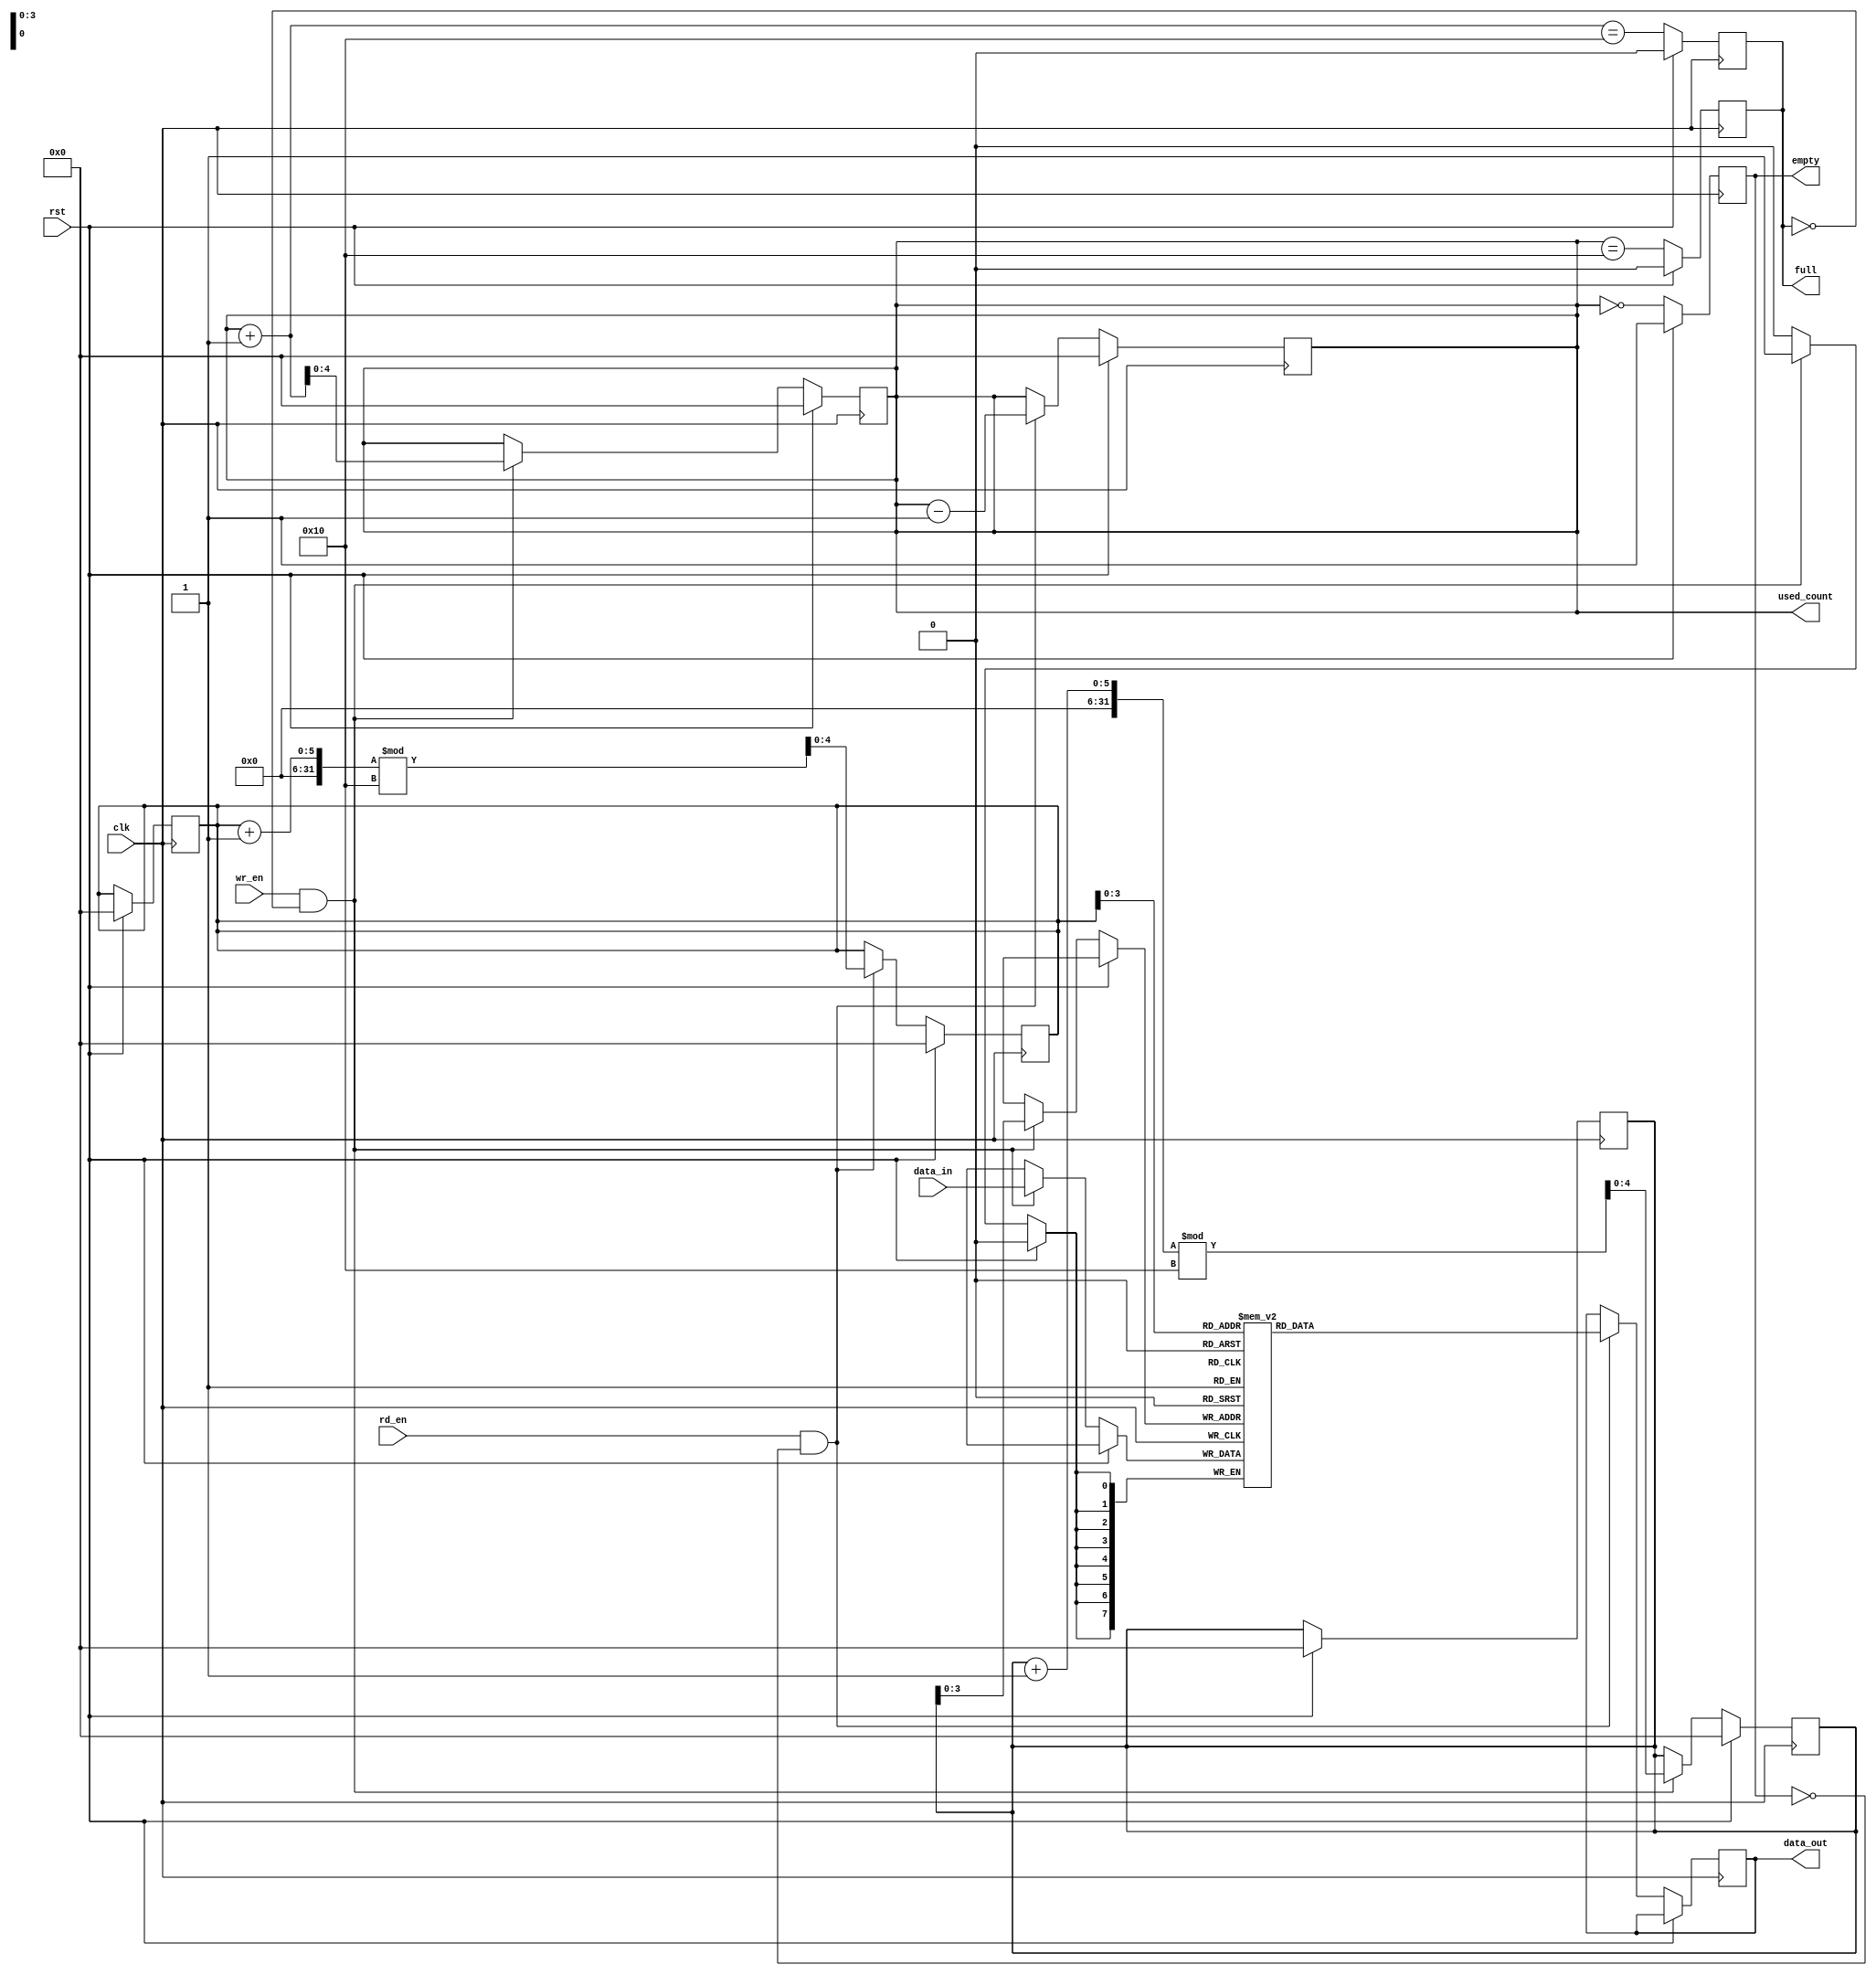
module parameterized_fifo #(
    parameter DEPTH = 16,  // Must be a power of two
    parameter WIDTH = 8    // Width of each data entry in bits
) (
    input clk,
    input rst,
    input wr_en,
    input rd_en,
    input [WIDTH-1:0] data_in,
    output reg [WIDTH-1:0] data_out,
    output reg full,
    output reg empty,
    output reg [4:0] used_count // 5 bits to hold count for DEPTH up to 32
);

    // Memory array to hold FIFO data
    reg [WIDTH-1:0] fifo_mem [0:DEPTH-1];

    // Read and write pointers
    reg [4:0] wr_ptr; // Pointer for write operation
    reg [4:0] rd_ptr; // Pointer for read operation

    // Initial conditions
    initial begin
        wr_ptr = 0;
        rd_ptr = 0;
        full = 0;
        empty = 1;
        used_count = 0;
    end

    // Write operation
    always @(posedge clk) begin
        if (rst) begin
            wr_ptr <= 0;
            rd_ptr <= 0;
            used_count <= 0;
            full <= 0;
            empty <= 1;
        end else begin
            // Write data if write enable is high and FIFO not full
            if (wr_en && !full) begin
                fifo_mem[wr_ptr] <= data_in;
                wr_ptr <= (wr_ptr + 1) % DEPTH; // Wrap around if necessary
                used_count <= used_count + 1;
            end
            // Update full and empty flags
            full <= (used_count + 1 == DEPTH);
            empty <= (used_count == 0);
        end
    end

    // Read operation
    always @(posedge clk) begin
        if (rst) begin
            wr_ptr <= 0;
            rd_ptr <= 0;
            used_count <= 0;
            full <= 0;
            empty <= 1;
        end else begin
            // Read data if read enable is high and FIFO not empty
            if (rd_en && !empty) begin
                data_out <= fifo_mem[rd_ptr];
                rd_ptr <= (rd_ptr + 1) % DEPTH; // Wrap around if necessary
                used_count <= used_count - 1;
            end
            // Update full and empty flags
            full <= (used_count == DEPTH);
            empty <= (used_count == 0);
        end
    end

endmodule